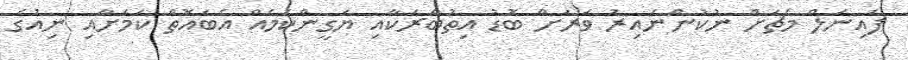
ފައިނަލް މެޗަށް ނުކުންނައިރު ވަރަށް ބޮޑު އިތުބާރަކާއި ޔަގީންކަމެއް އެބައޮތް ކަމަށާއި ނިއުގެ